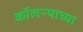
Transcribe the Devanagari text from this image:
कॉलऱ्याच्या